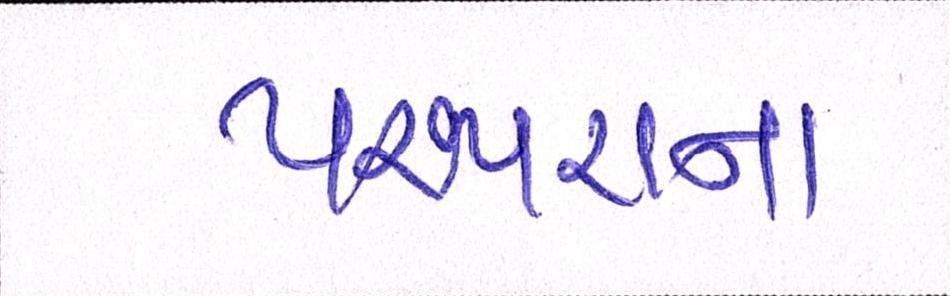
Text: પરંપરાને